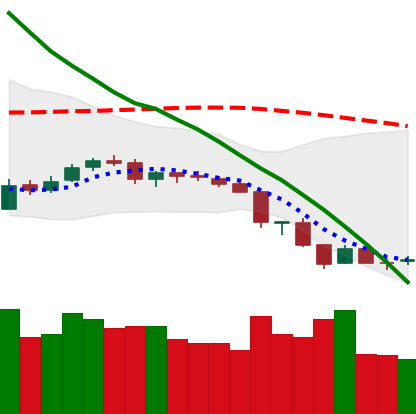
Ticker: NEO-USD
Chart end date: 2018-06-17
Forward return: -14.177%
Label: down_7plus